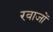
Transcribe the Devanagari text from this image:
रवाजों